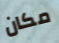
مكان